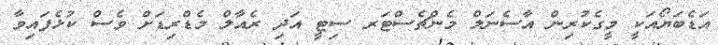
އަޑެބަޔޯއަކީ މީގެކުރިން އާސެނަލް މެންޗެސްޓަރ ސިޓީ އަދި ރެއާލް މެޑްރިޑަށް ވެސް ކުޅެފައިވާ